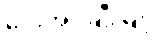
ပေးအပ်ချီးမြှင့်